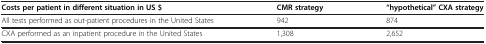
<table><thead><tr><td><b>Costs per patient in different situation in US $</b></td><td><b>CMR strategy</b></td><td><b>“hypothetical” CXA strategy</b></td></tr></thead><tbody><tr><td>All tests performed as out-patient procedures in the United States</td><td>942</td><td>874</td></tr><tr><td>CXA performed as an inpatient procedure in the United States</td><td>1,308</td><td>2,652</td></tr></tbody></table>